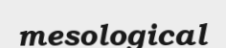
mesological